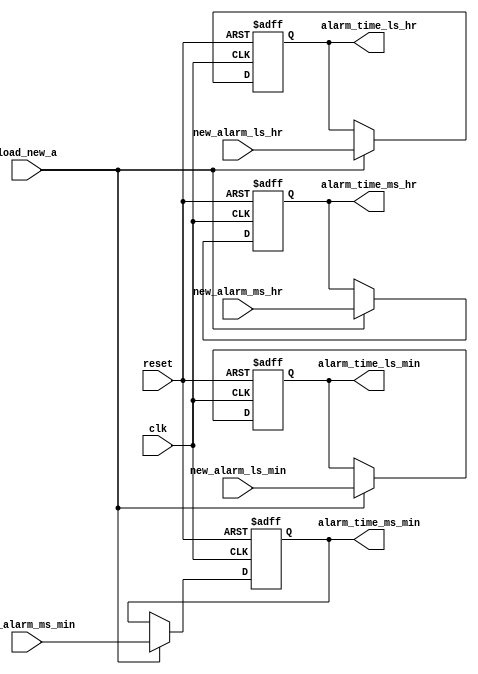
module alarmreg(clk, reset, load_new_a, new_alarm_ms_hr, new_alarm_ms_min, new_alarm_ls_hr, new_alarm_ls_min,alarm_time_ms_hr, alarm_time_ms_min, alarm_time_ls_hr, alarm_time_ls_min);
input clk, reset, load_new_a;
input [3:0] new_alarm_ms_hr;
input [3:0] new_alarm_ms_min;
input [3:0] new_alarm_ls_hr;
input [3:0] new_alarm_ls_min;
output reg [3:0] alarm_time_ms_hr;
output reg [3:0] alarm_time_ms_min;
output reg [3:0] alarm_time_ls_hr;
output reg [3:0] alarm_time_ls_min;
always @ (posedge clk or posedge reset)
begin
if (reset)
begin
alarm_time_ms_hr<=0;
alarm_time_ms_min<=0;
alarm_time_ls_hr<=0;
alarm_time_ls_min<=0;
end
else if(load_new_a)
begin
alarm_time_ms_hr<=new_alarm_ms_hr;
alarm_time_ms_min<=new_alarm_ms_min;
alarm_time_ls_hr<=new_alarm_ls_hr;
alarm_time_ls_min<=new_alarm_ls_min;
end
end
endmodule